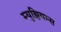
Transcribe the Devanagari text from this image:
म्‍युझियम्‍स